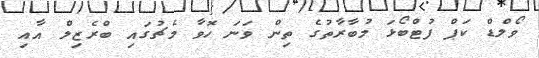
ވޯލްޑް ކަޕް ފުޓްބޯޅަ މުބާރާތުގެ ތިން ވަނަ ހޮވާ މެޗުގައި ބްރެޒިލް އާއި